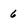
Character: 6